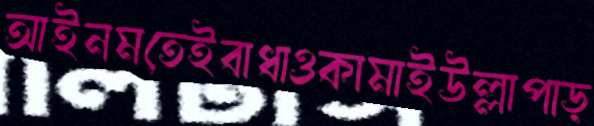
আইনমতেইবাধাওকামাইউল্লাপাড়